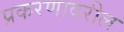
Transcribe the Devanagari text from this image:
प्रकरणावरील